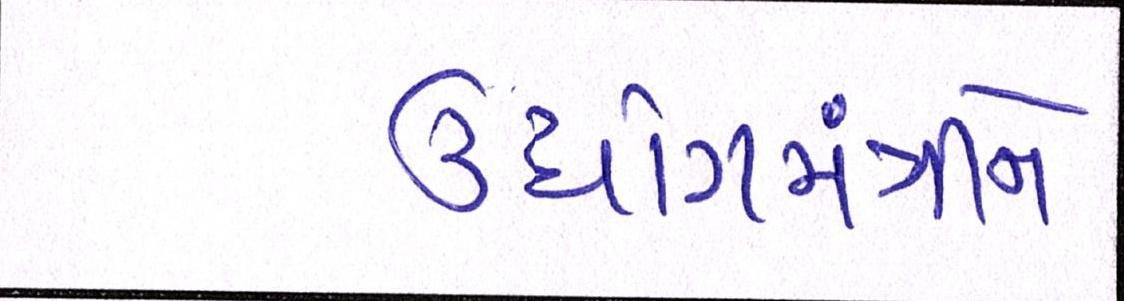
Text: ઉધોગમંત્રીને